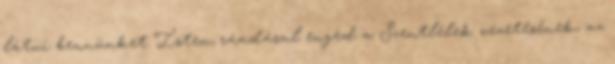
látni bennünket Isten, ráadásul enged a Szentlélek vezetésének, az